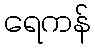
ရေကန်